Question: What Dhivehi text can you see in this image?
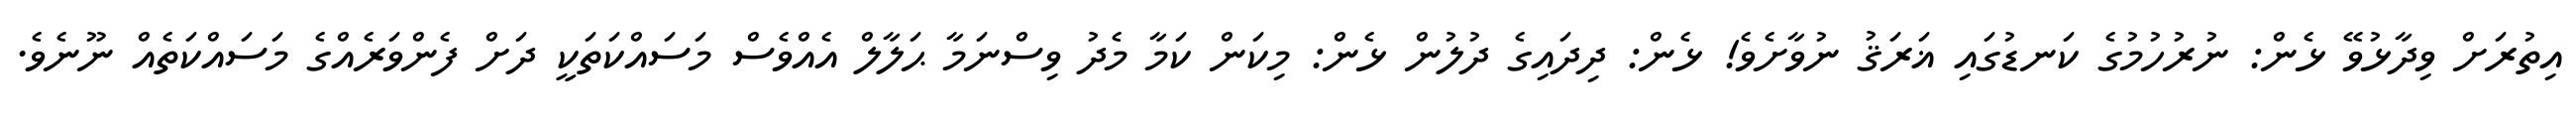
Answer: އިތުރަށް ވިދާޅުވޭ ޅެން: ނުރުހުމުގެ ކަނޑުގައި ޣަރަޤު ނުވާށެވެ! ޅެން: ދިދައިގެ ދުލުން ޅެން: މިކަން ކަމާ މެދު ވިސްނަމާ ޙަލާލް އެއްވެސް މަސައްކަތަކީ ދަށް ފެންވަރެއްގެ މަސައްކަތެއް ނޫނެވެ.